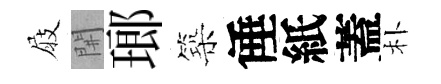
屐𨳩瑯築倕紙蓋朴